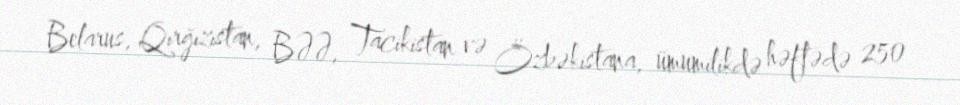
Belarus, Qırğızıstan, BƏƏ, Tacikistan və Özbəkistana, ümumilikdə həftədə 250